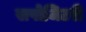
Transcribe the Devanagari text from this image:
सपोजिटरी